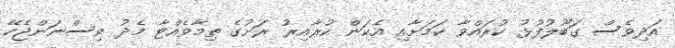
އަދިވެސް ގަބޫލުފުޅު ކުރައްވާ ކަމަށާއި އެކަން ކުރާއިރު ރަށުގެ ތިމާވެއްޓާ މެދު ވިސްނަންޖެހޭ